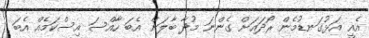
އެއީ އަޅުގަނޑުމެން ރޯދައަށް ގެންނަ މުދާ ބާލަން އެބަ ހާއްސަ އިސްކަމެއް އެބަ